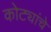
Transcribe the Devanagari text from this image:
कोट्यांचे